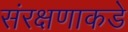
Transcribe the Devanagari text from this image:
संरक्षणाकडे